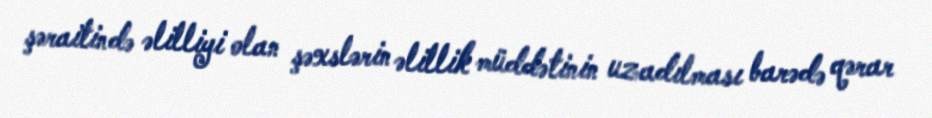
şəraitində əlilliyi olan şəxslərin əlillik müddətinin uzadılması barədə qərar